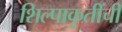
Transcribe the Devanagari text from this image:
शिल्पाकृतींची